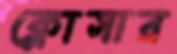
ক্লোসার